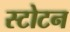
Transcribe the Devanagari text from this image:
स्टोटन